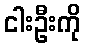
ငါးဦးကို